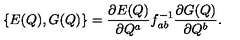
\{ E ( Q ) , G ( Q ) \} = { \frac { { \partial E ( Q ) } } { { \partial Q ^ { a } } } } f _ { a b } ^ { - 1 } { \frac { { \partial G ( Q ) } } { { \partial Q ^ { b } } } . }